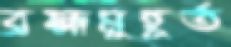
ব্রহ্মমুহূর্ত